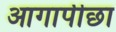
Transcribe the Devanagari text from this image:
आगापीछा